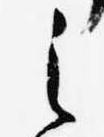
之